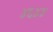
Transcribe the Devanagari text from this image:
४६४४